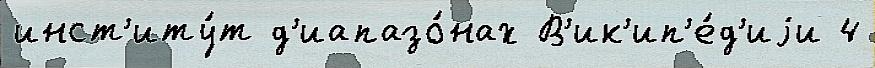
инст'иту́т д'иапазо́нах В'ик'ип'е́д'иjи 4